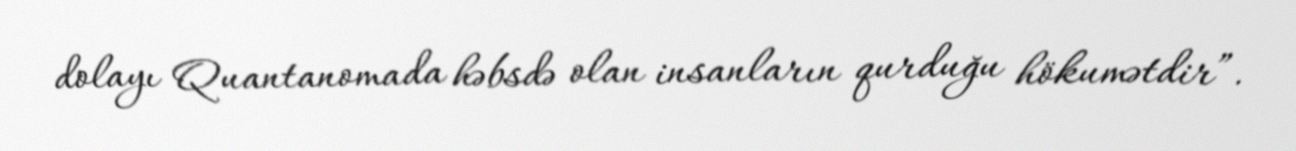
dolayı Quantanomada həbsdə olan insanların qurduğu hökumətdir”.